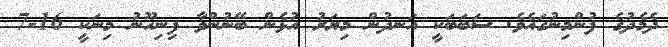
ދެމެދުގެ ފުންމިނުގައެވެ. ސަބަބަކީ އަނދުން މިޔަރު އުޅެން ބޭނުންވާ ފިނިހޫނު މިނަކީ 16-7